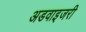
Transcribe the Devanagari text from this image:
अडवाइजरी